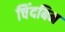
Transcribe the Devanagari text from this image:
चिंदबिन